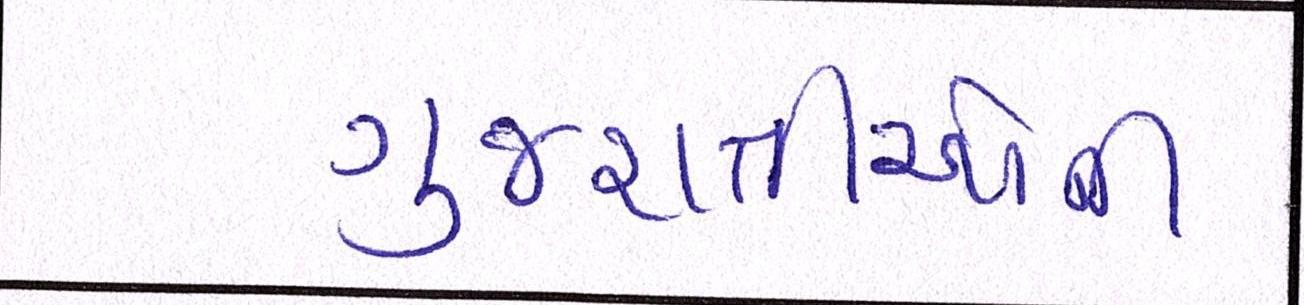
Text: ગુજરાતીઓની